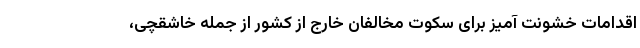
اقدامات خشونت آمیز برای سکوت مخالفان خارج از کشور از جمله خاشقچی،